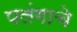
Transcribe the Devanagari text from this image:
पलंगाचे